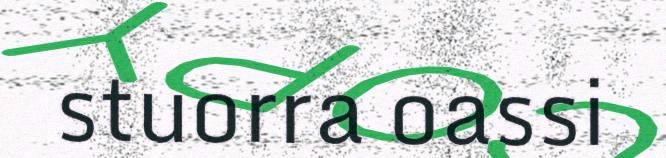
stuorra oassi